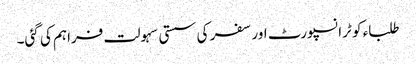
طلباء کو ٹرانسپورٹ اور سفر کی سستی سہولت فراہم کی گئی۔